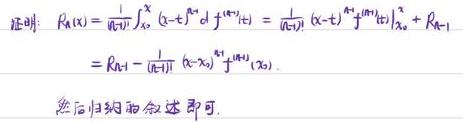
证明：
\[
\begin{align*}
R_n(x)&=\frac{1}{(n - 1)!}\int_{x_0}^{x}(x - t)^{n - 1}d f^{(n - 1)}(t)\\
&=\frac{1}{(n - 1)!}(x - t)^{n - 1}f^{(n - 1)}(t)\big|_{x_0}^{x}+R_{n - 1}\\
&=R_{n - 1}-\frac{1}{(n - 1)!}(x - x_0)^{n - 1}f^{(n - 1)}(x_0).
\end{align*}
\]
然后归纳叙述即可.